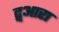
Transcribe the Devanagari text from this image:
द्वआरा